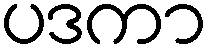
ပဒကာ